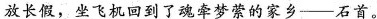
放长假，坐飞机回到了魂牵梦萦的家乡——石首。